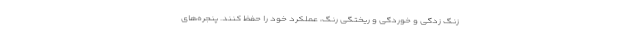
زنگ زدگی و خوردگی و ریختگی رنگ، عملکرد خود را حفظ کنند. پنجره‌های